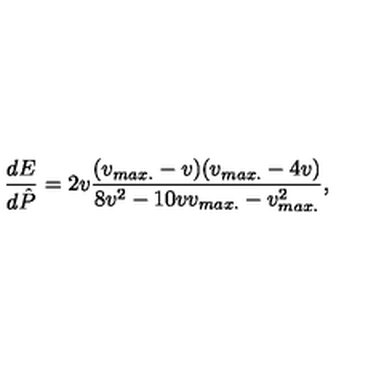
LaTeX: { \frac { d E } { d \hat { P } } } = 2 v { \frac { ( v _ { m a x . } - v ) ( v _ { m a x . } - 4 v ) } { 8 v ^ { 2 } - 1 0 v v _ { m a x . } - v _ { m a x . } ^ { 2 } } } ,